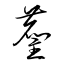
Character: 麈